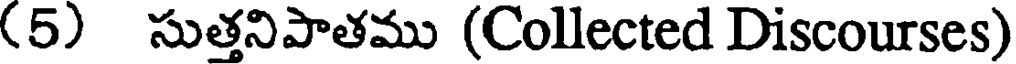
(5) సుత్తనిపాతము (Collected Discourses)